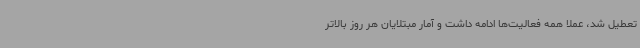
تعطیل شد، عملا همه فعالیت‌ها ادامه داشت و آمار مبتلایان هر روز بالاتر